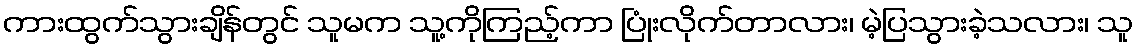
ကားထွက်သွားချိန်တွင် သူမက သူ့ကိုကြည့်ကာ ပြုံးလိုက်တာလား၊ မဲ့ပြသွားခဲ့သလား၊ သူ